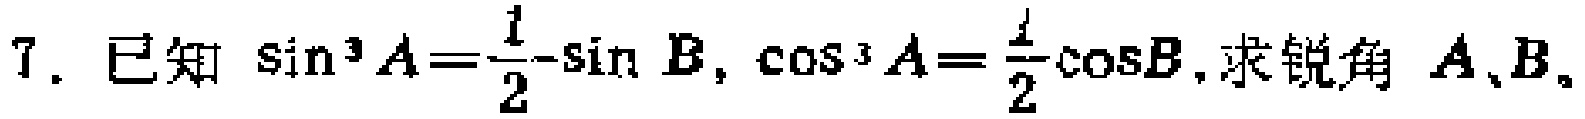
7. 已知 $\sin^{3}A=\frac{1}{2}-\sin B$, $\cos^{3}A=\frac{1}{2}\cos B$, 求锐角 $A、B$。